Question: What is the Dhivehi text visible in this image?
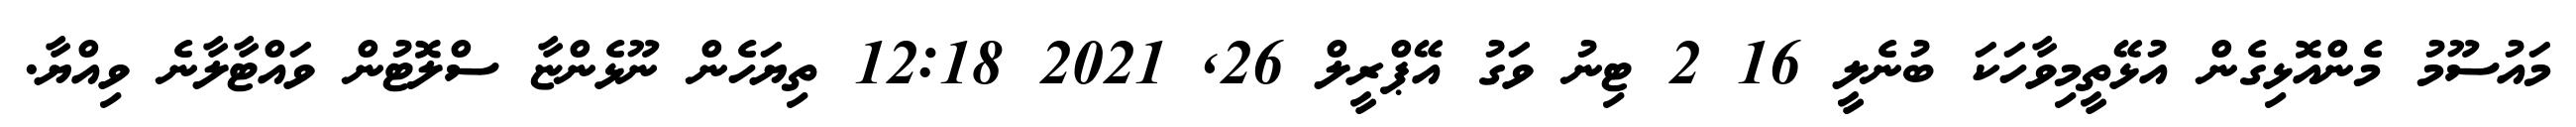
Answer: މައުސޫމު މެންއޮޅިގެން އުޅޭތީމިވާހަކަ ބުނެލީ 16 2 ޓިނު ވަގު އޭޕްރީލް 26, 2021 12:18 ތިޔަހެން ނޫޅެންޏާ ސްލޮޓުން ވައްޓާލާނެ ވިއްޔާ.